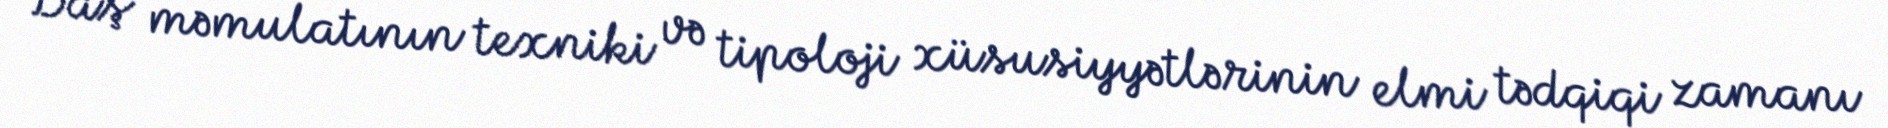
Daş məmulatının texniki və tipoloji xüsusiyyətlərinin elmi tədqiqi zamanı